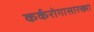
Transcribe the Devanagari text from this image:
कर्करोगासारख्या